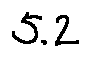
5 . 2